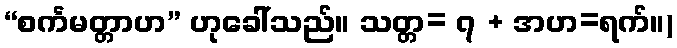
“စင်္ကမတ္တာဟ” ဟုခေါ်သည်။ သတ္တ= ၇ + အဟ=ရက်။)